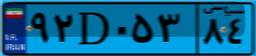
۹۲D۰۵۳۸۴